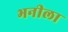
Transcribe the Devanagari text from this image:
भनीला